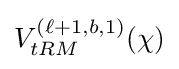
V_{tRM}^{(\ell +1,b,1)}(\chi )